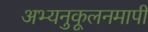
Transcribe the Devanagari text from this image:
अभ्यनुकूलनमापी